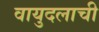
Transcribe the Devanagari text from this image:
वायुदलाची